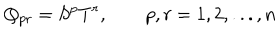
LaTeX: Q _ { p r } = S ^ { p } T ^ { r } , \qquad p , r = 1 , 2 , . . . , n